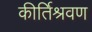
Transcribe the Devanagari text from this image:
कीर्तिश्रवण